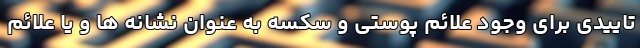
تاییدی برای وجود علائم پوستی و سکسه به عنوان نشانه ها و یا علائم